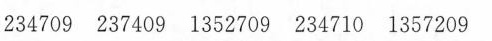
234709 237409 1352709 234710 1357209